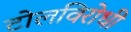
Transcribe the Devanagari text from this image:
टोलविरोधी